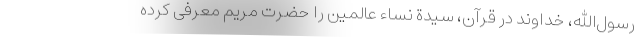
رسول‌الله، خداوند در قرآن، سیدة نساء عالمین را حضرت مریم معرفی کرده